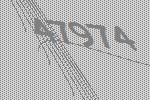
47974